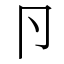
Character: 卪